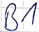
Text: B1